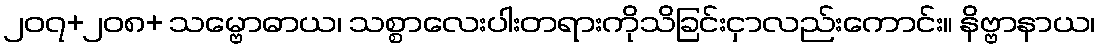
၂၀၇+၂၀၈+ သမ္ဗောဓာယ၊ သစ္စာလေးပါးတရားကိုသိခြင်းငှာလည်းကောင်း။ နိဗ္ဗာနာယ၊